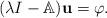
LaTeX: \begin{align*}(\lambda I-\mathbb{A}){\bf u}=\varphi. \end{align*}